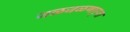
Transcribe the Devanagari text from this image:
जळजळणार्‍या